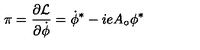
\pi = \frac { \partial { \cal L } } { \partial \dot { \phi } } = \dot { \phi } ^ { * } - i e A _ { \circ } \phi ^ { * }